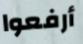
أرفعوا